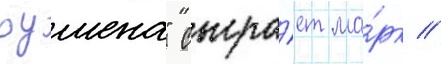
оушена" сыгра́ет ма́рк //